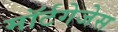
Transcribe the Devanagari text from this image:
मॉर्टगेजेस